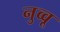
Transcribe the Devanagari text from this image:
नुव्वू